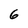
Character: 6